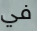
في